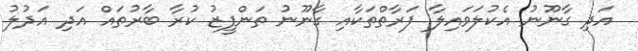
އަދި ގާނޫނު އެކުލަވައިލާ ފަރާތްތަކާއި ގާނޫނު ތަންފީޒު ކުރާ ބާރުތައް އަދި އަދުލު